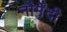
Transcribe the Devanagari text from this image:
नौर्मेंदी